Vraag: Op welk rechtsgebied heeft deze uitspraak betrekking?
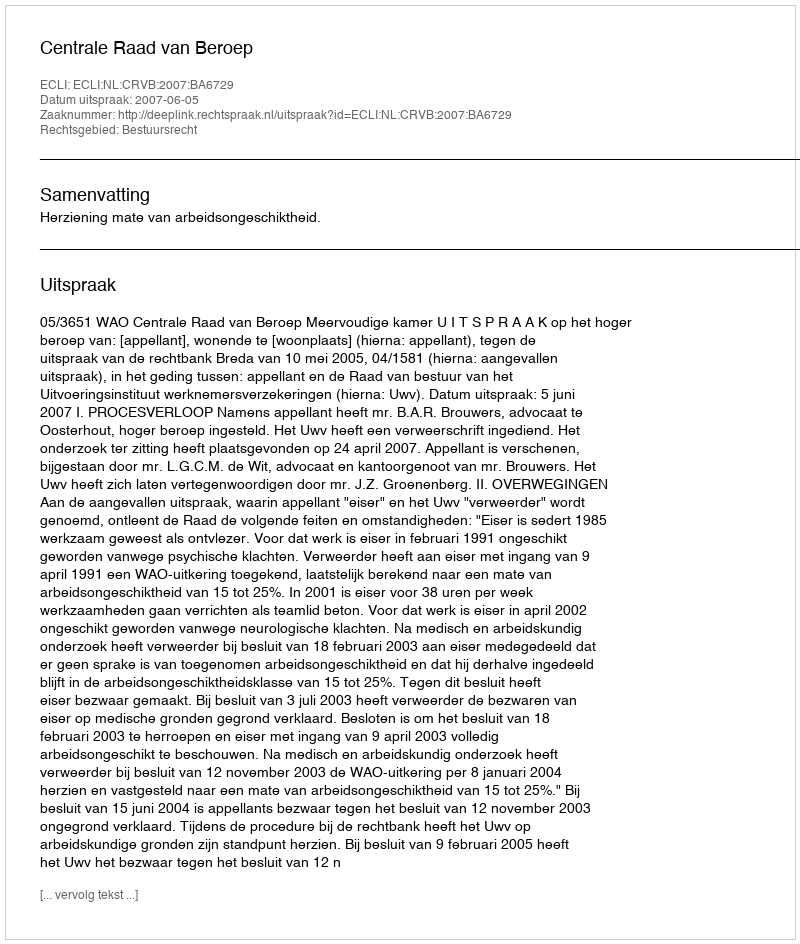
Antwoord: Bestuursrecht